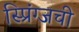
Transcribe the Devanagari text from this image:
स्प्रिंग्जची